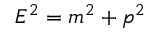
E ^ { 2 } = m ^ { 2 } + p ^ { 2 }